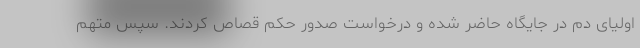
اولیای دم در جایگاه حاضر شده و درخواست صدور حکم قصاص کردند. سپس متهم